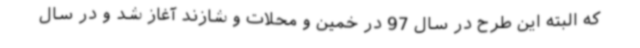
که البته این طرح در سال 97 در خمین و محلات و شازند آغاز شد و در سال